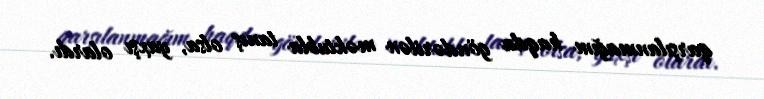
qarşılanmağım haqda göndərilən məktubla tanış olsa, yaxşı olardı.